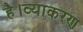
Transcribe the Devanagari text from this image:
है।व्याकरण